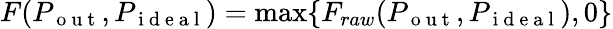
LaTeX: F(P_{\mathrm{~o~u~t~}},P_{\mathrm{~i~d~e~a~l~}})=\operatorname*{max}\{ F_{raw}(P_{\mathrm{~o~u~t~}},P_{\mathrm{~i~d~e~a~l~}}),0\}